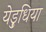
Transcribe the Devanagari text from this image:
येड़ुधिया